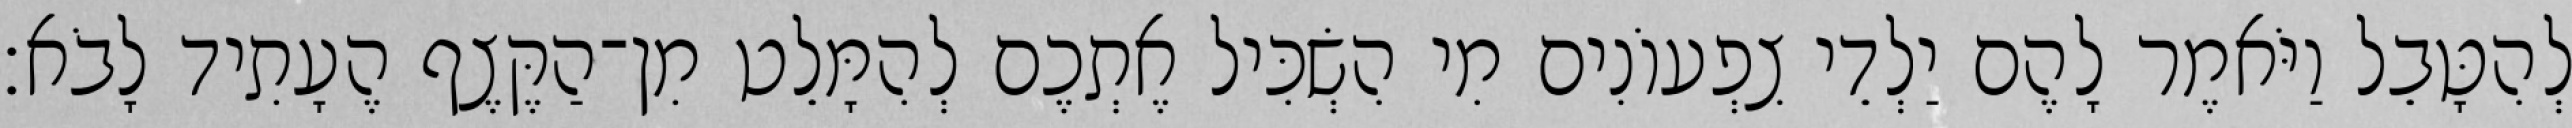
לְהִטָּבֵל וַיֹּאמֶר לָהֶם יַלְדֵי צִפְעוֹנִים מִי הִשְׂכִּיל אֶתְכֶם לְהִמָּלֵט מִן־הַקֶּצֶף הֶעָתִיד לָבֹא׃